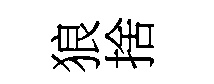
狼捨